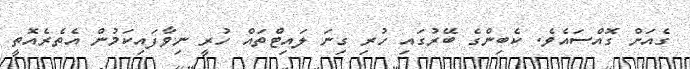
ގެއަށް ގޮއްސައެވެ. ކެބިންގެ ބޭރުގައި ހުރި ގިނަ ލައިޓްތައް ހުރީ ނިވާފައިކަމުން އެތެރެއޮތީ